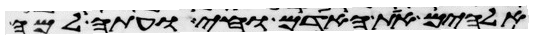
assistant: אלהים את האדם וחי ועתה למה